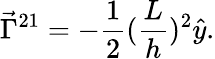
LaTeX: \vec{\Gamma}^{21}=-\frac{1}{2}(\frac{L}{h})^{2}\hat{y}.